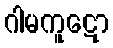
ဂါမကူဋော